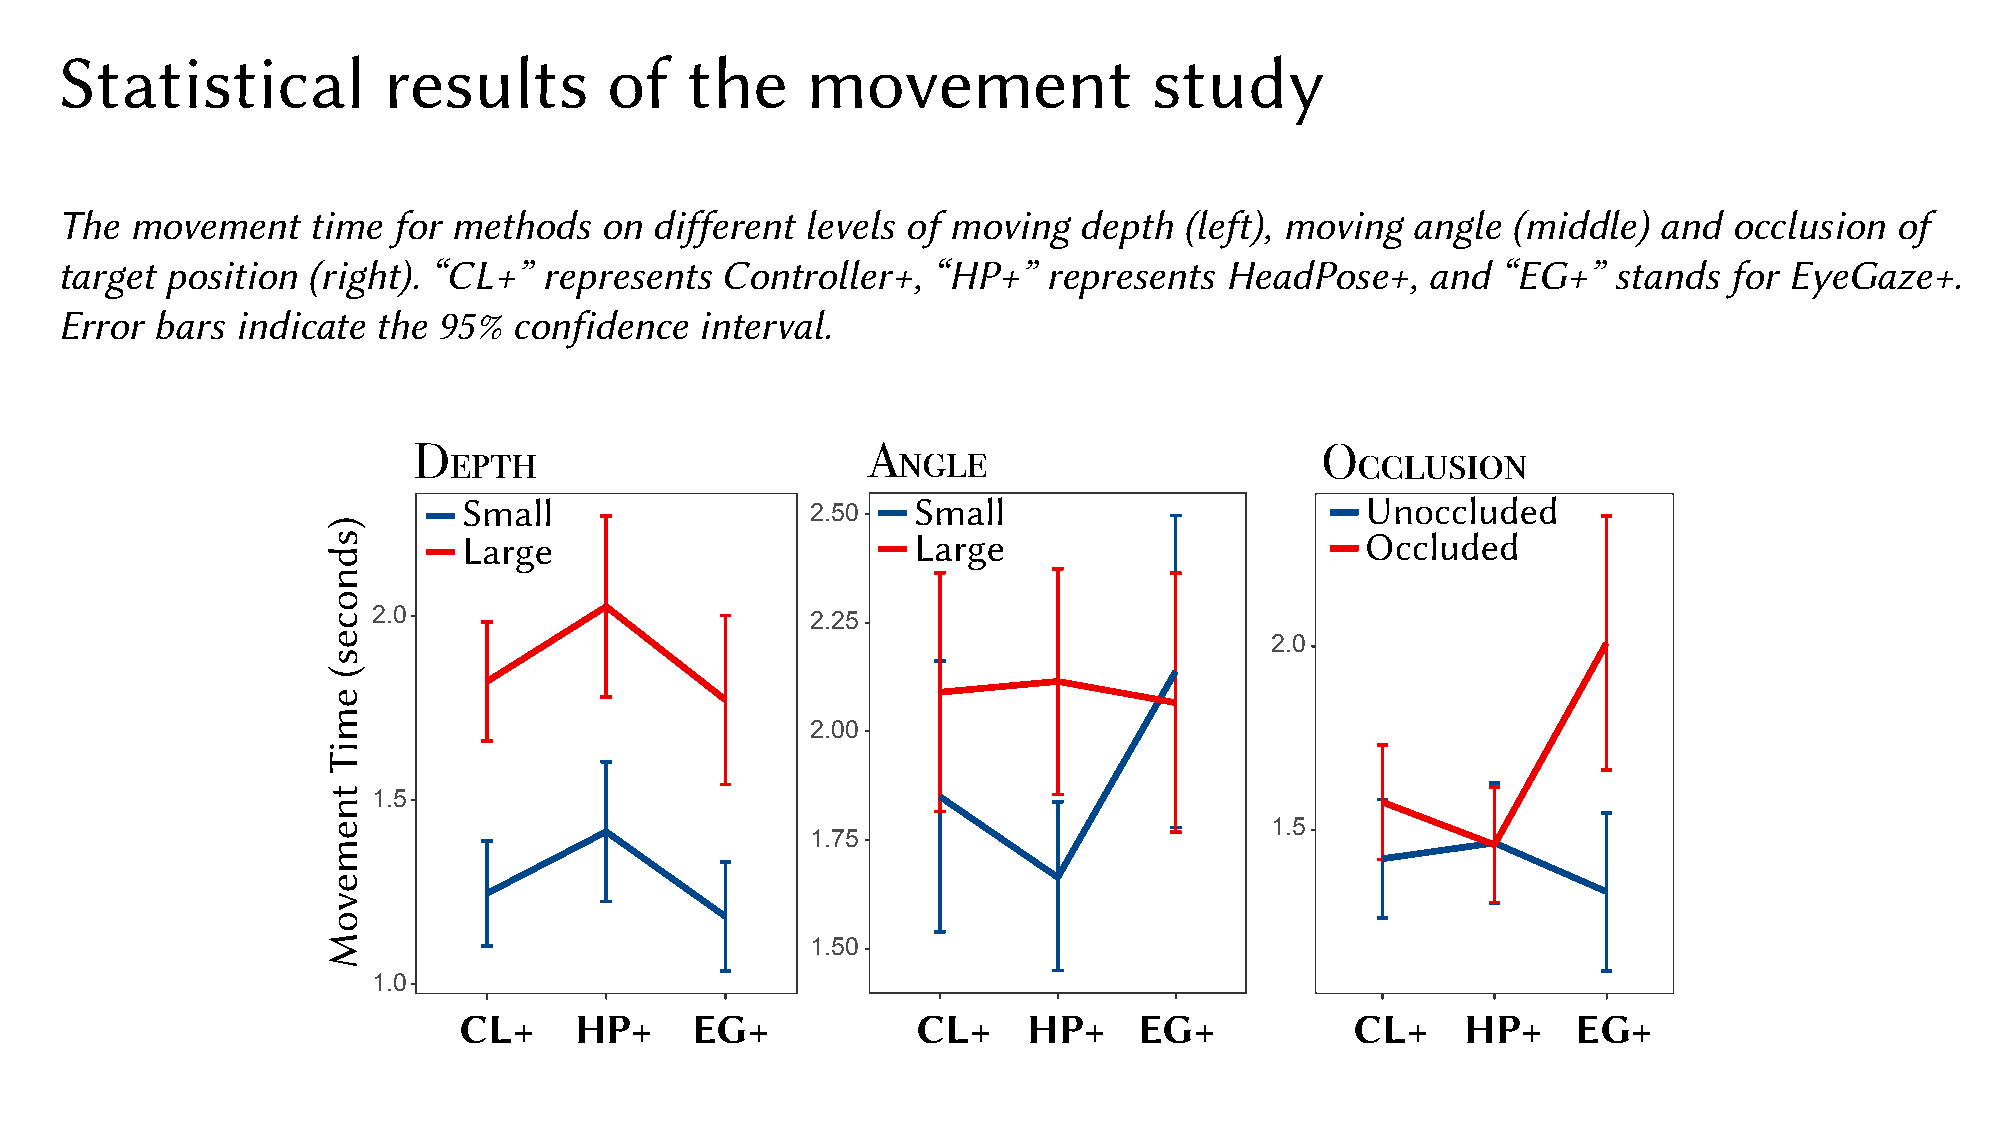
Statistical          results        of   the     movement               study
 The  movement   time  for methods   on different levels of moving  depth  (left), moving  angle (middle)  and  occlusion of
 target position (right). “CL+”  represents  Controller+,  “HP+”  represents  HeadPose+,    and “EG+”   stands for EyeGaze+.
 Error bars  indicate the 95%  confidence  interval.
 Depth                         Angle                         Occlusion
 Small                  2.50  Small                         Unoccluded
 Large                        Large                         Occluded
 2.0
 2.25
 2.0
 2.00
 1.5
 1.5
 1.75
 1.50
 1.0
 CL+     HP+     EG+            CL+    HP+    EG+            CL+    HP+    EG+
 )sdnoces(
 emiT
 tnemevoM